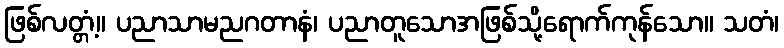
ဖြစ်လတ္တံ့။ ပညာသာမညဂတာနံ၊ ပညာတူသောအဖြစ်သို့ရောက်ကုန်သော။ သတံ၊